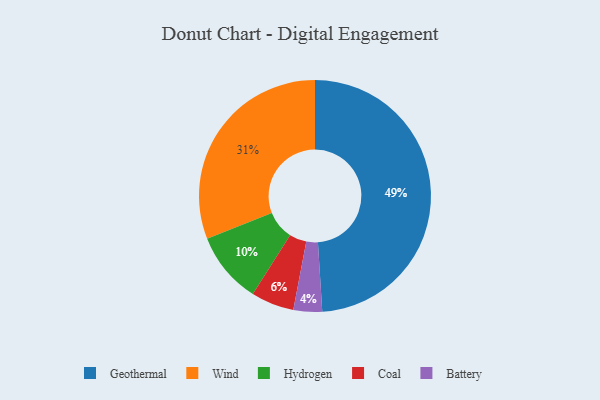
{"axis": {"x": "Category", "y": "Percentage"}, "legend": ["Battery", "Coal", "Geothermal", "Hydrogen", "Wind"], "data": [{"x": "Wind", "y": 31, "type": "Wind"}, {"x": "Geothermal", "y": 49, "type": "Geothermal"}, {"x": "Coal", "y": 6, "type": "Coal"}, {"x": "Hydrogen", "y": 10, "type": "Hydrogen"}, {"x": "Battery", "y": 4, "type": "Battery"}]}